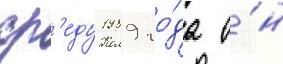
ср'еду 1989 го́да о́н